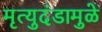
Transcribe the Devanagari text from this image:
मृत्युदंडामुळे